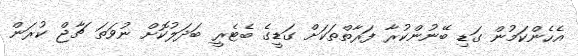
އެހެންކަމުން ގަޑި ބޭނުންކުރާ ފަރާތްތަކަށް ގަޑީގެ ބެޓެރީ ބަދަލުކޮށް ނުވަތަ ޗާޖް ކުރަން